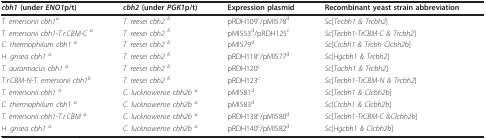
<table><thead><tr><td><b><i>cbh1 </i>(under <i>ENO1</i>p/t)</b></td><td><b><i>cbh2 </i>(under <i>PGK1</i>p/t)</b></td><td><b>Expression plasmid</b></td><td><b>Recombinant yeast strain abbreviation</b></td></tr></thead><tbody><tr><td><i>T. emersonii cbh1<sup>a</sup></i></td><td><i>T. reesei cbh2 <sup>b</sup></i></td><td>pRDH109<sup>c</sup>/pMI578<sup>d</sup></td><td>Sc[<i>Tecbh1 &amp; Trcbh2</i>]</td></tr><tr><td><i>T. emersonii cbh1-T.r.CBM-C <sup>a</sup></i></td><td><i>T. reesei cbh2 <sup>b</sup></i></td><td>pMI553<sup>d</sup>/pRDH125<sup>c</sup></td><td><i>Sc</i>[<i>Tecbh1-TrCBM-C &amp; Trcbh2</i>]</td></tr><tr><td><i>C. thermophilum cbh1 <sup>a</sup></i></td><td><i>T. reesei cbh2 <sup>b</sup></i></td><td>pMI579<sup>d</sup></td><td><i>Sc</i>[<i>Ctcbh1 &amp; Trcbh Clcbh2b</i>]</td></tr><tr><td><i>H. grisea cbh1 <sup>a</sup></i></td><td><i>T. reesei cbh2 <sup>b</sup></i></td><td>pRDH118<sup>c</sup>/pMI577<sup>d</sup></td><td><i>Sc</i>[<i>Hgcbh1 &amp; Trcbh2</i>]</td></tr><tr><td><i>T. aurantiacus cbh1 <sup>a</sup></i></td><td><i>T. reesei cbh2 <sup>b</sup></i></td><td>pRDH120<sup>c</sup></td><td><i>Sc</i>[<i>Tacbh1 &amp; Trcbh2</i>]</td></tr><tr><td><i>T.r.CBM-N-T. emersonii cbh1<sup>b</sup></i></td><td><i>T. reesei cbh2 <sup>b</sup></i></td><td>pRDH123<sup>c</sup></td><td><i>Sc</i>[<i>Tecbh1-TrCBM-N &amp; Trcbh2</i>]</td></tr><tr><td><i>T. emersonii cbh1 <sup>a</sup></i></td><td><i>C. lucknowense cbh2b <sup>a</sup></i></td><td>pMI581<sup>d</sup></td><td><i>Sc</i>[<i>Tecbh1 &amp; Clcbh2b</i>]</td></tr><tr><td><i>C. thermophilum cbh1 <sup>a</sup></i></td><td><i>C. lucknowense cbh2b <sup>a</sup></i></td><td>pMI583<sup>d</sup></td><td><i>Sc</i>[<i>Ctcbh1 &amp; Clcbh2b</i>]</td></tr><tr><td><i>T. emersonii cbh1-T.r.CBM <sup>a</sup></i></td><td><i>C. lucknowense cbh2b <sup>a</sup></i></td><td>pRDH138<sup>c</sup>/pMI580<sup>d</sup></td><td><i>Sc</i>[<i>Tecbh1-TrCBM-C &amp;Clcbh2b</i>]</td></tr><tr><td><i>H. grisea cbh1 <sup>a</sup></i></td><td><i>C. lucknowense cbh2b <sup>a</sup></i></td><td>pRDH140<sup>c</sup>/pMI582<sup>d</sup></td><td><i>Sc</i>[<i>Hgcbh1 &amp; Clcbh2b</i>]</td></tr></tbody></table>